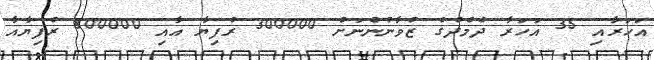
އަހަރާއި 35 އަހަރާ ދެމެދުގެ ޒުވާނުންނަށް 300000 ރުފިޔާ އާއި 800000 ރުފިޔާއާ